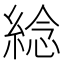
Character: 𦁤